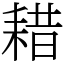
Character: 耤